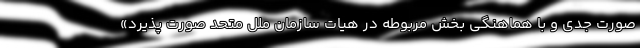
صورت جدی و با هماهنگی بخش مربوطه در هیات سازمان ملل متحد صورت پذیرد»